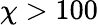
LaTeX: \chi>100